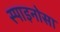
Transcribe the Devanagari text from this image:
स्पाइनोसा